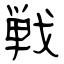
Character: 戦